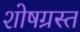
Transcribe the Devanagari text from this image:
शोषग्रस्‍त